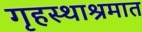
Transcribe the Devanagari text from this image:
गृहस्थाश्रमात